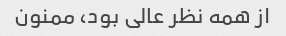
از همه نظر عالی بود، ممنون